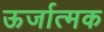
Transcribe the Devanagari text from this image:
ऊर्जात्मक